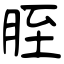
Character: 胵